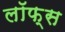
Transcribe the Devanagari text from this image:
लॉफ्स